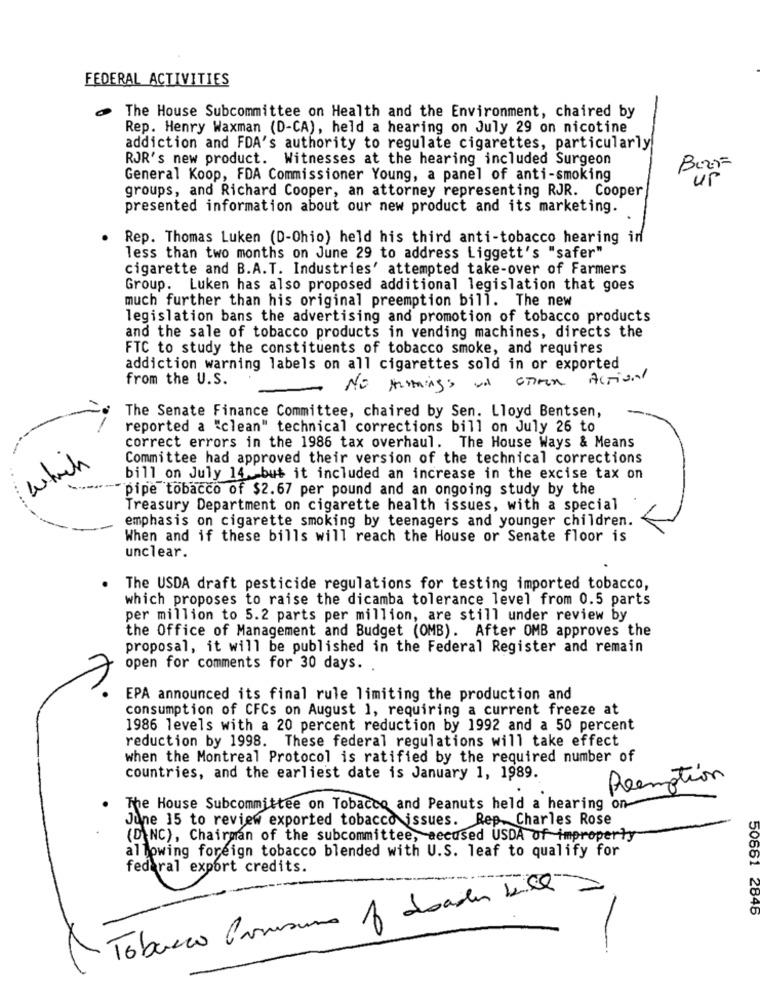
FEDERAL ACTIVITIES
The House Subcommittee on Health and the Environment, chaired by
Rep. Henry Waxman (D-CA), held a hearing on July 29 on nicotine
addiction and FDA's authority to regulate cigarettes, particularly
RJR's new product. Witnesses at the hearing included Surgeon
General Koop, FDA Commissioner Young, a panel of anti-smoking
up
groups, and Richard Cooper, an attorney representing RJR. Cooper
presented information about our new product and its marketing.
Rep. Thomas Luken (D-Ohio) held his third anti-tobacco hearing in
less than two months on June 29 to address Liggett's "safer"
cigarette and B.A.T. Industries' attempted take-over of Farmers
Group. Luken has also proposed additional legislation that goes
much further than his original preemption bill. The new
legislation bans the advertising and promotion of tobacco products
and the sale of tobacco products in vending machines, directs the
FTC to study the constituents of tobacco smoke, and requires
addiction warning labels on all cigarettes sold in or exported
from the U.S.
Actival
NO Aring's un GRAN
The Senate Finance Committee, chaired by Sen. Lloyd Bentsen,
reported a "clean" technical corrections bill on July 26 to
correct errors in the 1986 tax overhaul. The House Ways & Means
which
Committee had approved their version of the technical corrections
bill on July 14 but it included an increase in the excise tax on
pipe tobacco of $2.67 per pound and an ongoing study by the
Treasury Department on cigarette health issues, with a special
emphasis on cigarette smoking by teenagers and younger children.
When and if these bills will reach the House or Senate floor is
unclear.
The USDA draft pesticide regulations for testing imported tobacco,
which proposes to raise the dicamba tolerance level from 0.5 parts
per million to 5.2 parts per million, are still under review by
the Office of Management and Budget (OMB). After OMB approves the
proposal, it will be published in the Federal Register and remain
open for comments for 30 days. .
EPA announced its final rule limiting the production and
consumption of CFCs on August 1, requiring a current freeze at
1986 levels with a 20 percent reduction by 1992 and a 50 percent
reduction by 1998. These federal regulations will take effect
when the Montreal Protocol is ratified by the required number of
countries, and the earliest date is January 1, 1989.
Reemption
The House Subcommittee on Tobacco and Peanuts held a hearing on
June 15 to review exported tobacco issues. Rep. Charles Rose
(DNC), Chairman of the subcommittee, accused USDA of improperty
allowing foreign tobacco blended with U.S. leaf to qualify for
federal export credits.
Tobacco Prossimo 1 doados LicQ
50661 2645